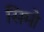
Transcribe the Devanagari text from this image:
सिमो